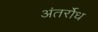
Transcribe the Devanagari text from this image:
अंतर्रोध